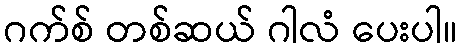
ဂက်စ် တစ်ဆယ် ဂါလံ ပေးပါ။